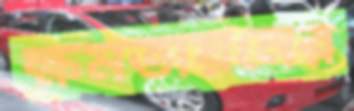
ক্ষমতায়নের